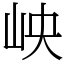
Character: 岟